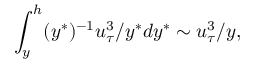
\int _ { y } ^ { h } ( y ^ { * } ) ^ { - 1 } u _ { \tau } ^ { 3 } / y ^ { * } d y ^ { * } \sim u _ { \tau } ^ { 3 } / y ,